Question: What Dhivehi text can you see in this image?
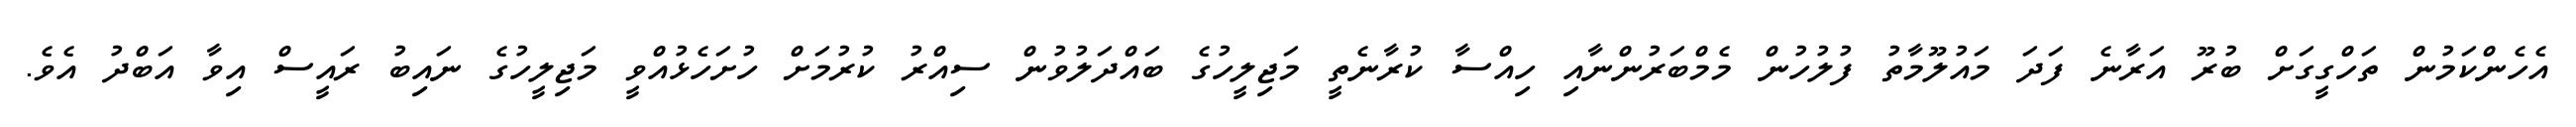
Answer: އެހެންކަމުން ތަހްގީގަށް ބުރޫ އަރާނެ ފަދަ މައުލޫމާތު ފުލުހުން މެމްބަރުންނާއި ހިއްސާ ކުރާނެތީ މަޖިލީހުގެ ބައްދަލުވުން ސިއްރު ކުރުމަށް ހުށަހެޅުއްވީ މަޖިލީހުގެ ނައިބު ރައީސް އިވާ އަބްދު އެވެ.